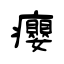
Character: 癭